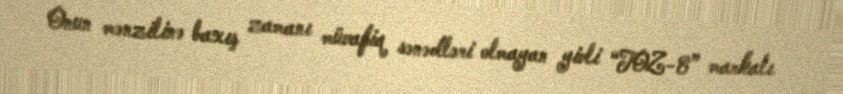
Onun mənzilinə baxış zamanı müvafiq sənədləri olmayan yivli “TOZ-8” markalı